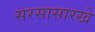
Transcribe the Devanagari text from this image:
सरसासारखे